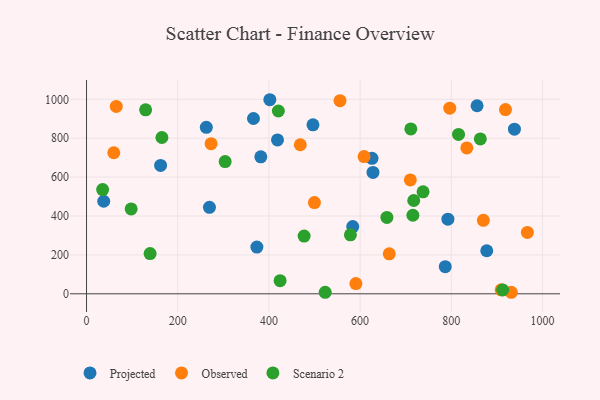
{"axis": {"x": "Study Hours", "y": "Demand"}, "legend": ["Observed", "Projected", "Scenario 2"], "data": [{"x": "626.0", "y": 696.4, "type": "Projected"}, {"x": "262.7", "y": 855.7, "type": "Projected"}, {"x": "938.4", "y": 846.4, "type": "Projected"}, {"x": "792.5", "y": 383.8, "type": "Projected"}, {"x": "628.2", "y": 623.9, "type": "Projected"}, {"x": "37.7", "y": 475.8, "type": "Projected"}, {"x": "402.0", "y": 997.8, "type": "Projected"}, {"x": "856.5", "y": 966.8, "type": "Projected"}, {"x": "496.6", "y": 868.6, "type": "Projected"}, {"x": "418.8", "y": 790.9, "type": "Projected"}, {"x": "583.8", "y": 345.5, "type": "Projected"}, {"x": "382.2", "y": 704.3, "type": "Projected"}, {"x": "786.7", "y": 139.7, "type": "Projected"}, {"x": "877.7", "y": 221.4, "type": "Projected"}, {"x": "269.6", "y": 444.5, "type": "Projected"}, {"x": "366.1", "y": 901.3, "type": "Projected"}, {"x": "162.4", "y": 659.8, "type": "Projected"}, {"x": "373.6", "y": 240.5, "type": "Projected"}, {"x": "663.9", "y": 205.8, "type": "Observed"}, {"x": "555.9", "y": 993.1, "type": "Observed"}, {"x": "834.0", "y": 750.2, "type": "Observed"}, {"x": "918.8", "y": 947.3, "type": "Observed"}, {"x": "273.2", "y": 772.1, "type": "Observed"}, {"x": "931.5", "y": 7.9, "type": "Observed"}, {"x": "59.8", "y": 725.2, "type": "Observed"}, {"x": "710.1", "y": 585.3, "type": "Observed"}, {"x": "590.7", "y": 52.6, "type": "Observed"}, {"x": "608.7", "y": 705.6, "type": "Observed"}, {"x": "468.8", "y": 766.3, "type": "Observed"}, {"x": "870.3", "y": 377.8, "type": "Observed"}, {"x": "796.6", "y": 954.4, "type": "Observed"}, {"x": "499.8", "y": 469.2, "type": "Observed"}, {"x": "909.3", "y": 20.7, "type": "Observed"}, {"x": "966.8", "y": 315.8, "type": "Observed"}, {"x": "65.2", "y": 963.5, "type": "Observed"}, {"x": "139.4", "y": 207.1, "type": "Scenario 2"}, {"x": "97.9", "y": 436.2, "type": "Scenario 2"}, {"x": "477.2", "y": 296.7, "type": "Scenario 2"}, {"x": "304.0", "y": 679.6, "type": "Scenario 2"}, {"x": "715.7", "y": 404.0, "type": "Scenario 2"}, {"x": "863.6", "y": 796.5, "type": "Scenario 2"}, {"x": "424.5", "y": 67.7, "type": "Scenario 2"}, {"x": "912.7", "y": 19.5, "type": "Scenario 2"}, {"x": "815.8", "y": 819.4, "type": "Scenario 2"}, {"x": "165.3", "y": 803.5, "type": "Scenario 2"}, {"x": "129.6", "y": 945.7, "type": "Scenario 2"}, {"x": "578.7", "y": 303.3, "type": "Scenario 2"}, {"x": "717.6", "y": 479.6, "type": "Scenario 2"}, {"x": "711.2", "y": 847.7, "type": "Scenario 2"}, {"x": "523.4", "y": 7.9, "type": "Scenario 2"}, {"x": "420.7", "y": 939.8, "type": "Scenario 2"}, {"x": "35.3", "y": 536.0, "type": "Scenario 2"}, {"x": "738.0", "y": 524.3, "type": "Scenario 2"}, {"x": "658.7", "y": 392.9, "type": "Scenario 2"}]}